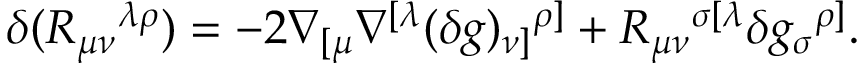
\delta ( R _ { \mu \nu } { } ^ { \lambda \rho } ) = - 2 \nabla _ { [ \mu } \nabla ^ { [ \lambda } ( \delta g ) _ { \nu ] } { } ^ { \rho ] } + R _ { \mu \nu } { } ^ { \sigma [ \lambda } \delta g _ { \sigma } { } ^ { \rho ] } { } .